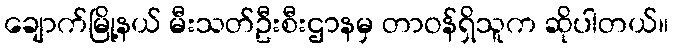
ချောက်မြို့နယ် မီးသတ်ဦးစီးဌာနမှ တာဝန်ရှိသူက ဆိုပါတယ်။